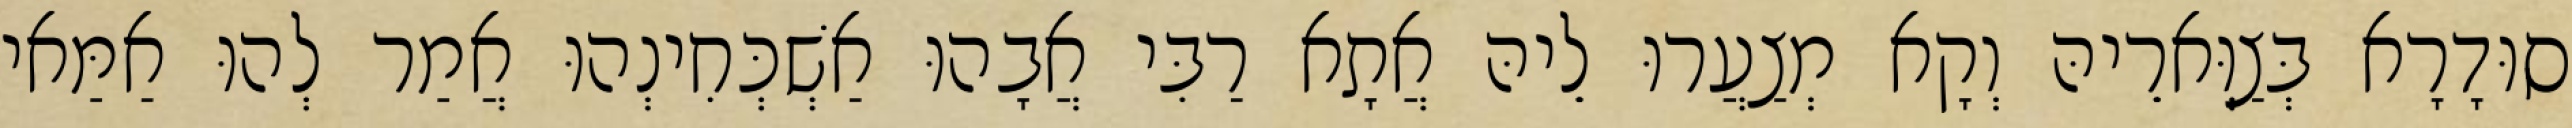
סוּדָרָא בְּצַוְּארֵיהּ וְקָא מְצַעֲרוּ לֵיהּ אֲתָא רַבִּי אֲבָהוּ אַשְׁכְּחִינְהוּ אֲמַר לְהוּ אַמַּאי